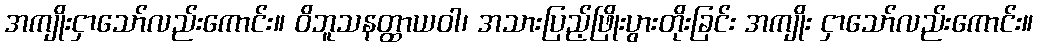
အကျိုးငှာသော်လည်းကောင်း။ ဝိဘူသနတ္ထာယဝါ၊ အသားပြည့်ဖြိုးပွားတိုးခြင်း အကျိုး ငှာသော်လည်းကောင်း။